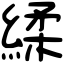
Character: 䋴